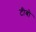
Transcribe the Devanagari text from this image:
टीबो